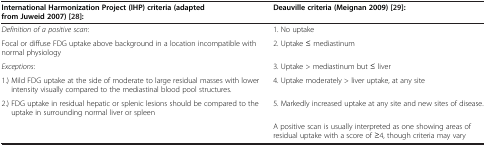
| International Harmonization Project(IHP)criteria (adapted from Juweid 2007) [28]: | Deauville criteria (Meignan 2009) [29]: |
 | --- | --- |
 | Definition of a positive scan: | 1. No uptake |
 | Focal or diffuse FDG uptake above background in a location incompatible with normal physiology | 2. Uptake ≤ mediastinum |
 | Exceptions: | 3. Uptake > mediastinum but ≤ liver |
 | 1.) Mild FDG uptake at the side of moderate to large residual masses with lower intensity visually compared to the mediastinal blood pool structures. | 4. Uptake moderately > liver uptake, at any site |
 | 2.) FDG uptake in residual hepatic or splenic lesions should be compared to the uptake in surrounding normal liver or spleen | 5. Markedly increased uptake at any site and new sites of disease. |
 |  | A positive scan is usually interpreted as one showing areas of residual uptake with a score of ≥4, though criteria may vary |